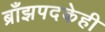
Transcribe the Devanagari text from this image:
ब्राँझपदकेही